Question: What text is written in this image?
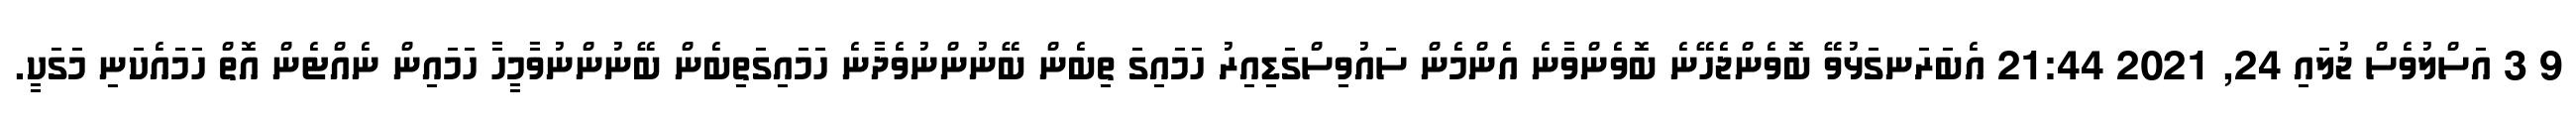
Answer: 9 3 އަސްލުވެސް ޖުލައި 24, 2021 21:44 އެބަރަނގަޅުވޭ ބޮވެންޖެހޭނެ ބޮވެންވާނެ އެންމެން ސައުވިސްގަޑިއިރު ހަމައިގަ ތިބެން ބޭނުންނުވެދާނެ ހަމައިގަތިބެން ބޭނުންނުވާމީހާ ހަމައިން ނެއްޓެން އޮތް ހަމައެކަނި މަގަކީ.